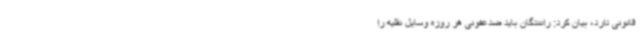
قانونی دارد، بیان کرد: رانندگان باید ضدعفونی هر روزه وسایل نقلیه را